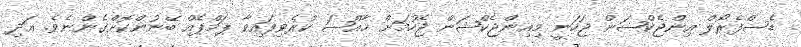
ޑެސްފެރޯލް އިންޖެކްޝަން ޖަހަނީ މިއިންޖެކްޝަން ޖެހުމަށް ޚާއްޞަ ކުރެވިފައިވާ ޕަމްޕެއް ބޭނުންކޮށްގެންނެވެ. އަދި